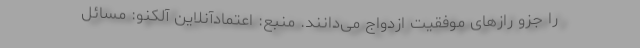
را جزو رازهای موفقیت ازدواج می‌دانند. منبع: اعتمادآنلاین آلکنو: مسائل